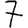
Digit: 7